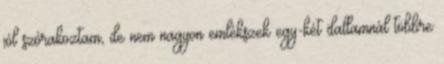
jól szórakoztam, de nem nagyon emlékszek egy-két dallamnál többre